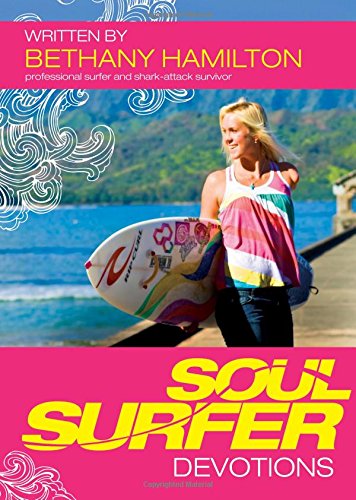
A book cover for Soul Surfer Devotions; Bethany Hamilton; Biographies & Memoirs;